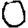
Digit: 0